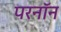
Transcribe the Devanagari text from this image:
परनॉन